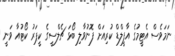
ނަމަވެސް އެޓީމުގެ އާފީލްޑް ކުރިއަށް ފޮނުވާލި ބޯޅަ ޗެލްސީގެ ކީޕަރު ކޯޓުއާ ވަނީ